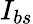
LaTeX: I_{bs}